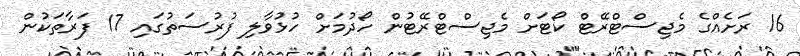
16 ރަށެއްގެ މެޖިސްޓްރޭޓް ކޯޓަށް މެޖިސްޓްރޭޓުން ހޯދުމަށް ހުޅުވާލި ފުރުސަތުގައި 17 ފަރާތަކުން